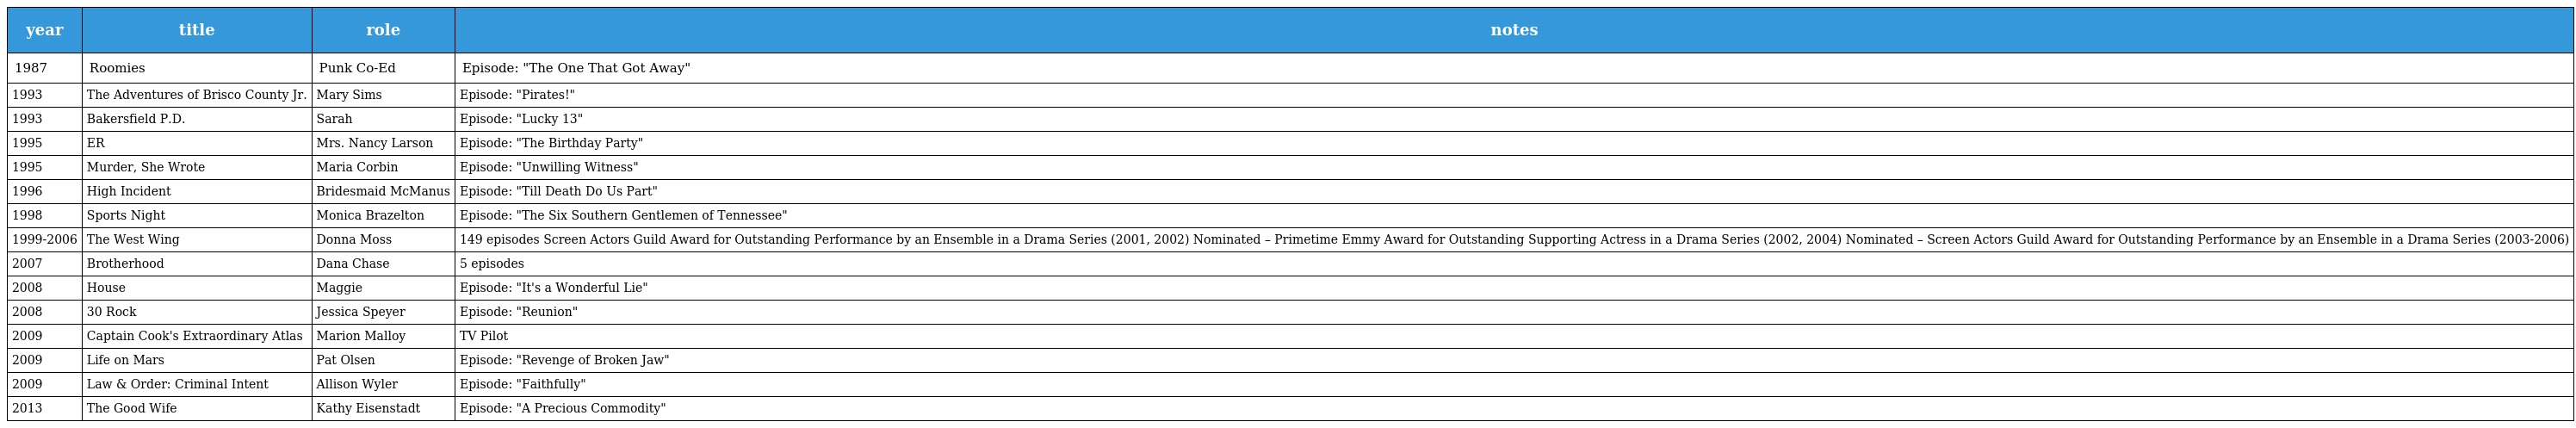
| year | title | role | notes |
 | --- | --- | --- | --- |
 | 1987 | Roomies | Punk Co-Ed | Episode: "The One That Got Away" |
 | 1993 | The Adventures of Brisco County Jr. | Mary Sims | Episode: "Pirates!" |
 | 1993 | Bakersfield P.D. | Sarah | Episode: "Lucky 13" |
 | 1995 | ER | Mrs. Nancy Larson | Episode: "The Birthday Party" |
 | 1995 | Murder, She Wrote | Maria Corbin | Episode: "Unwilling Witness" |
 | 1996 | High Incident | Bridesmaid McManus | Episode: "Till Death Do Us Part" |
 | 1998 | Sports Night | Monica Brazelton | Episode: "The Six Southern Gentlemen of Tennessee" |
 | 1999-2006 | The West Wing | Donna Moss | 149 episodes Screen Actors Guild Award for Outstanding Performance by an Ensemble in a Drama Series (2001, 2002) Nominated – Primetime Emmy Award for Outstanding Supporting Actress in a Drama Series (2002, 2004) Nominated – Screen Actors Guild Award for Outstanding Performance by an Ensemble in a Drama Series (2003-2006) |
 | 2007 | Brotherhood | Dana Chase | 5 episodes |
 | 2008 | House | Maggie | Episode: "It's a Wonderful Lie" |
 | 2008 | 30 Rock | Jessica Speyer | Episode: "Reunion" |
 | 2009 | Captain Cook's Extraordinary Atlas | Marion Malloy | TV Pilot |
 | 2009 | Life on Mars | Pat Olsen | Episode: "Revenge of Broken Jaw" |
 | 2009 | Law & Order: Criminal Intent | Allison Wyler | Episode: "Faithfully" |
 | 2013 | The Good Wife | Kathy Eisenstadt | Episode: "A Precious Commodity" |